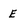
Character: E